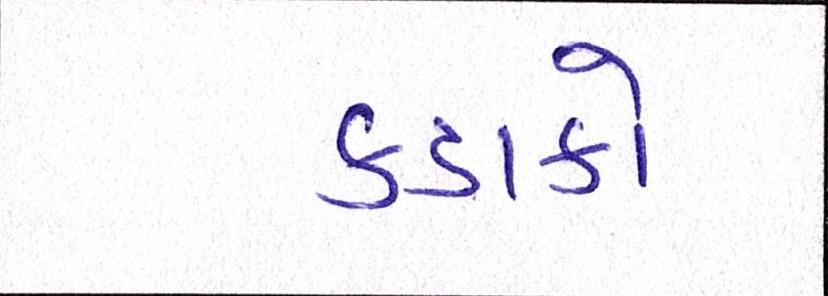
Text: કડાકો